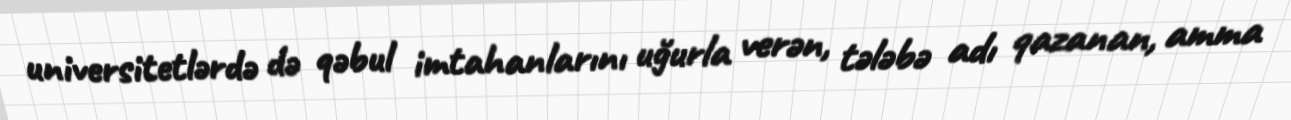
universitetlərdə də qəbul imtahanlarını uğurla verən, tələbə adı qazanan, amma